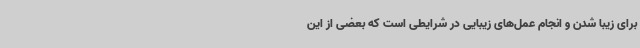
برای زیبا شدن و انجام عمل‌های زیبایی در شرایطی است که بعضی از این